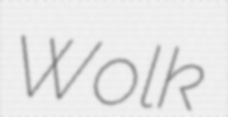
Wolk